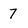
Character: 7